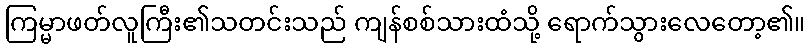
ကြမ္မာဖတ်လူကြီး၏သတင်းသည် ကျန်စစ်သားထံသို့ ရောက်သွားလေတော့၏။